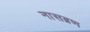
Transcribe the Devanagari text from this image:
नासब्रण